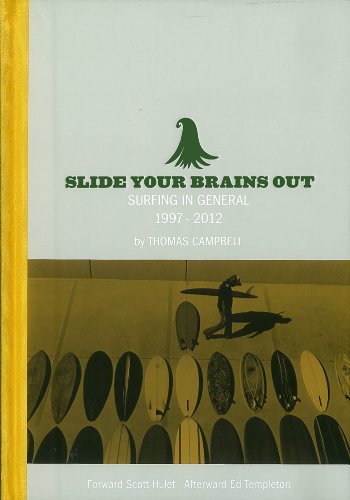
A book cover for Thomas Campbell: Slide Your Brains Out: Surfing in General 1997-2012; Arts & Photography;